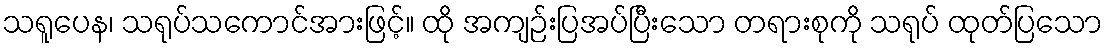
သရူပေန၊ သရုပ်သကောင်အားဖြင့်။ ထို အကျဉ်းပြအပ်ပြီးသော တရားစုကို သရုပ် ထုတ်ပြသော